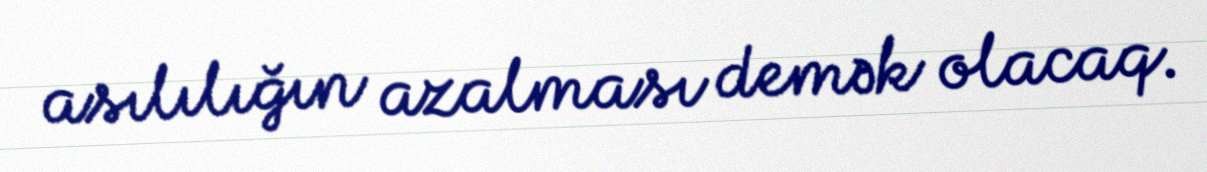
asılılığın azalması demək olacaq.